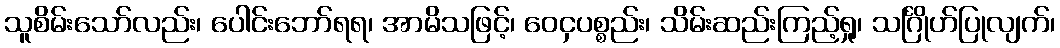
သူစိမ်းသော်လည်း၊ ပေါင်းဘော်ရရ၊ အာမိသဖြင့်၊ ဝေငှပစ္စည်း၊ သိမ်းဆည်းကြည့်ရှု၊ သင်္ဂြိုဟ်ပြုလျက်၊